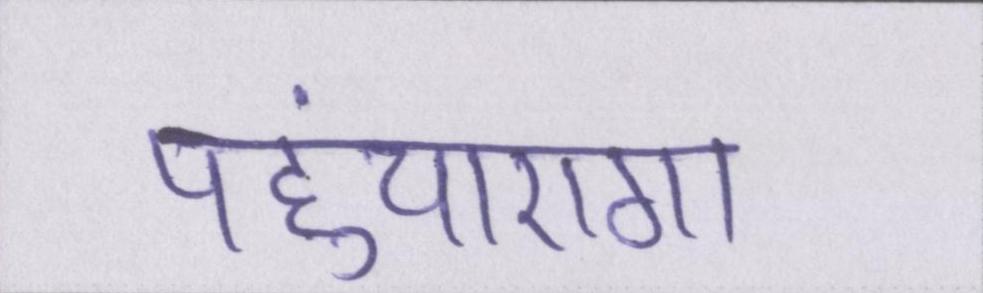
पहुंचाएगा